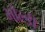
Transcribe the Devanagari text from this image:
भोल्डी